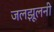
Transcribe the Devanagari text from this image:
जलझूलनी